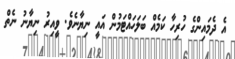
އެ ދެމައިންގެ ހުރިހާ ކަމެއް ބަލަހައްޓަމުން އައީ ނިޔާނެވެ. ވީއިރު ނިޔާނު ނެތް